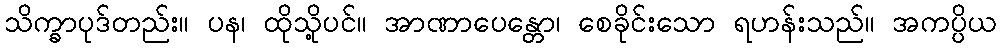
သိက္ခာပုဒ်တည်း။ ပန၊ ထိုသို့ပင်။ အာဏာပေန္တော၊ စေခိုင်းသော ရဟန်းသည်။ အကပ္ပိယ